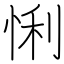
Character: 悧